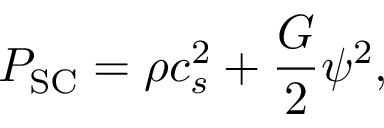
P _ { \mathrm { S C } } = \rho c _ { s } ^ { 2 } + \frac { G } { 2 } \psi ^ { 2 } ,